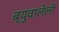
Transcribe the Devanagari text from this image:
ब्युवालेली